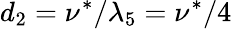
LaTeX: d_{2}=\nu^{*}/\lambda_{5}=\nu^{*}/4